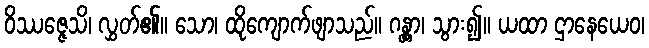
ဝိဿဇ္ဇေသိ၊ လွှတ်၏။ သော၊ ထိုကျောက်ဖျာသည်။ ဂန္တွာ၊ သွား၍။ ယထာ ဌာနေယေဝ၊